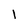
Character: I